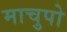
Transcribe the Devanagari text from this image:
माचुपो